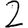
Digit: 2